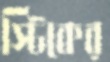
স্টিকের